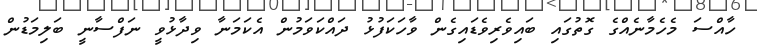
ހާއްސަ މެހެމާނެއްގެ ގޮތުގައި ބައިވެރިވެޑައިގެން ވާހަކަފުޅު ދައްކަވަމުން އެކަމަނާ ވިދާޅުވީ ނަފްސާނީ ބަލިމަޑުން